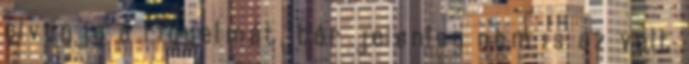
elvonja a figyelmét, bár jelenleg nem is az volt